DOW-UAP-D7, Mission Report, Arabian Gulf, 2020
Agency: Department of War
Page 6
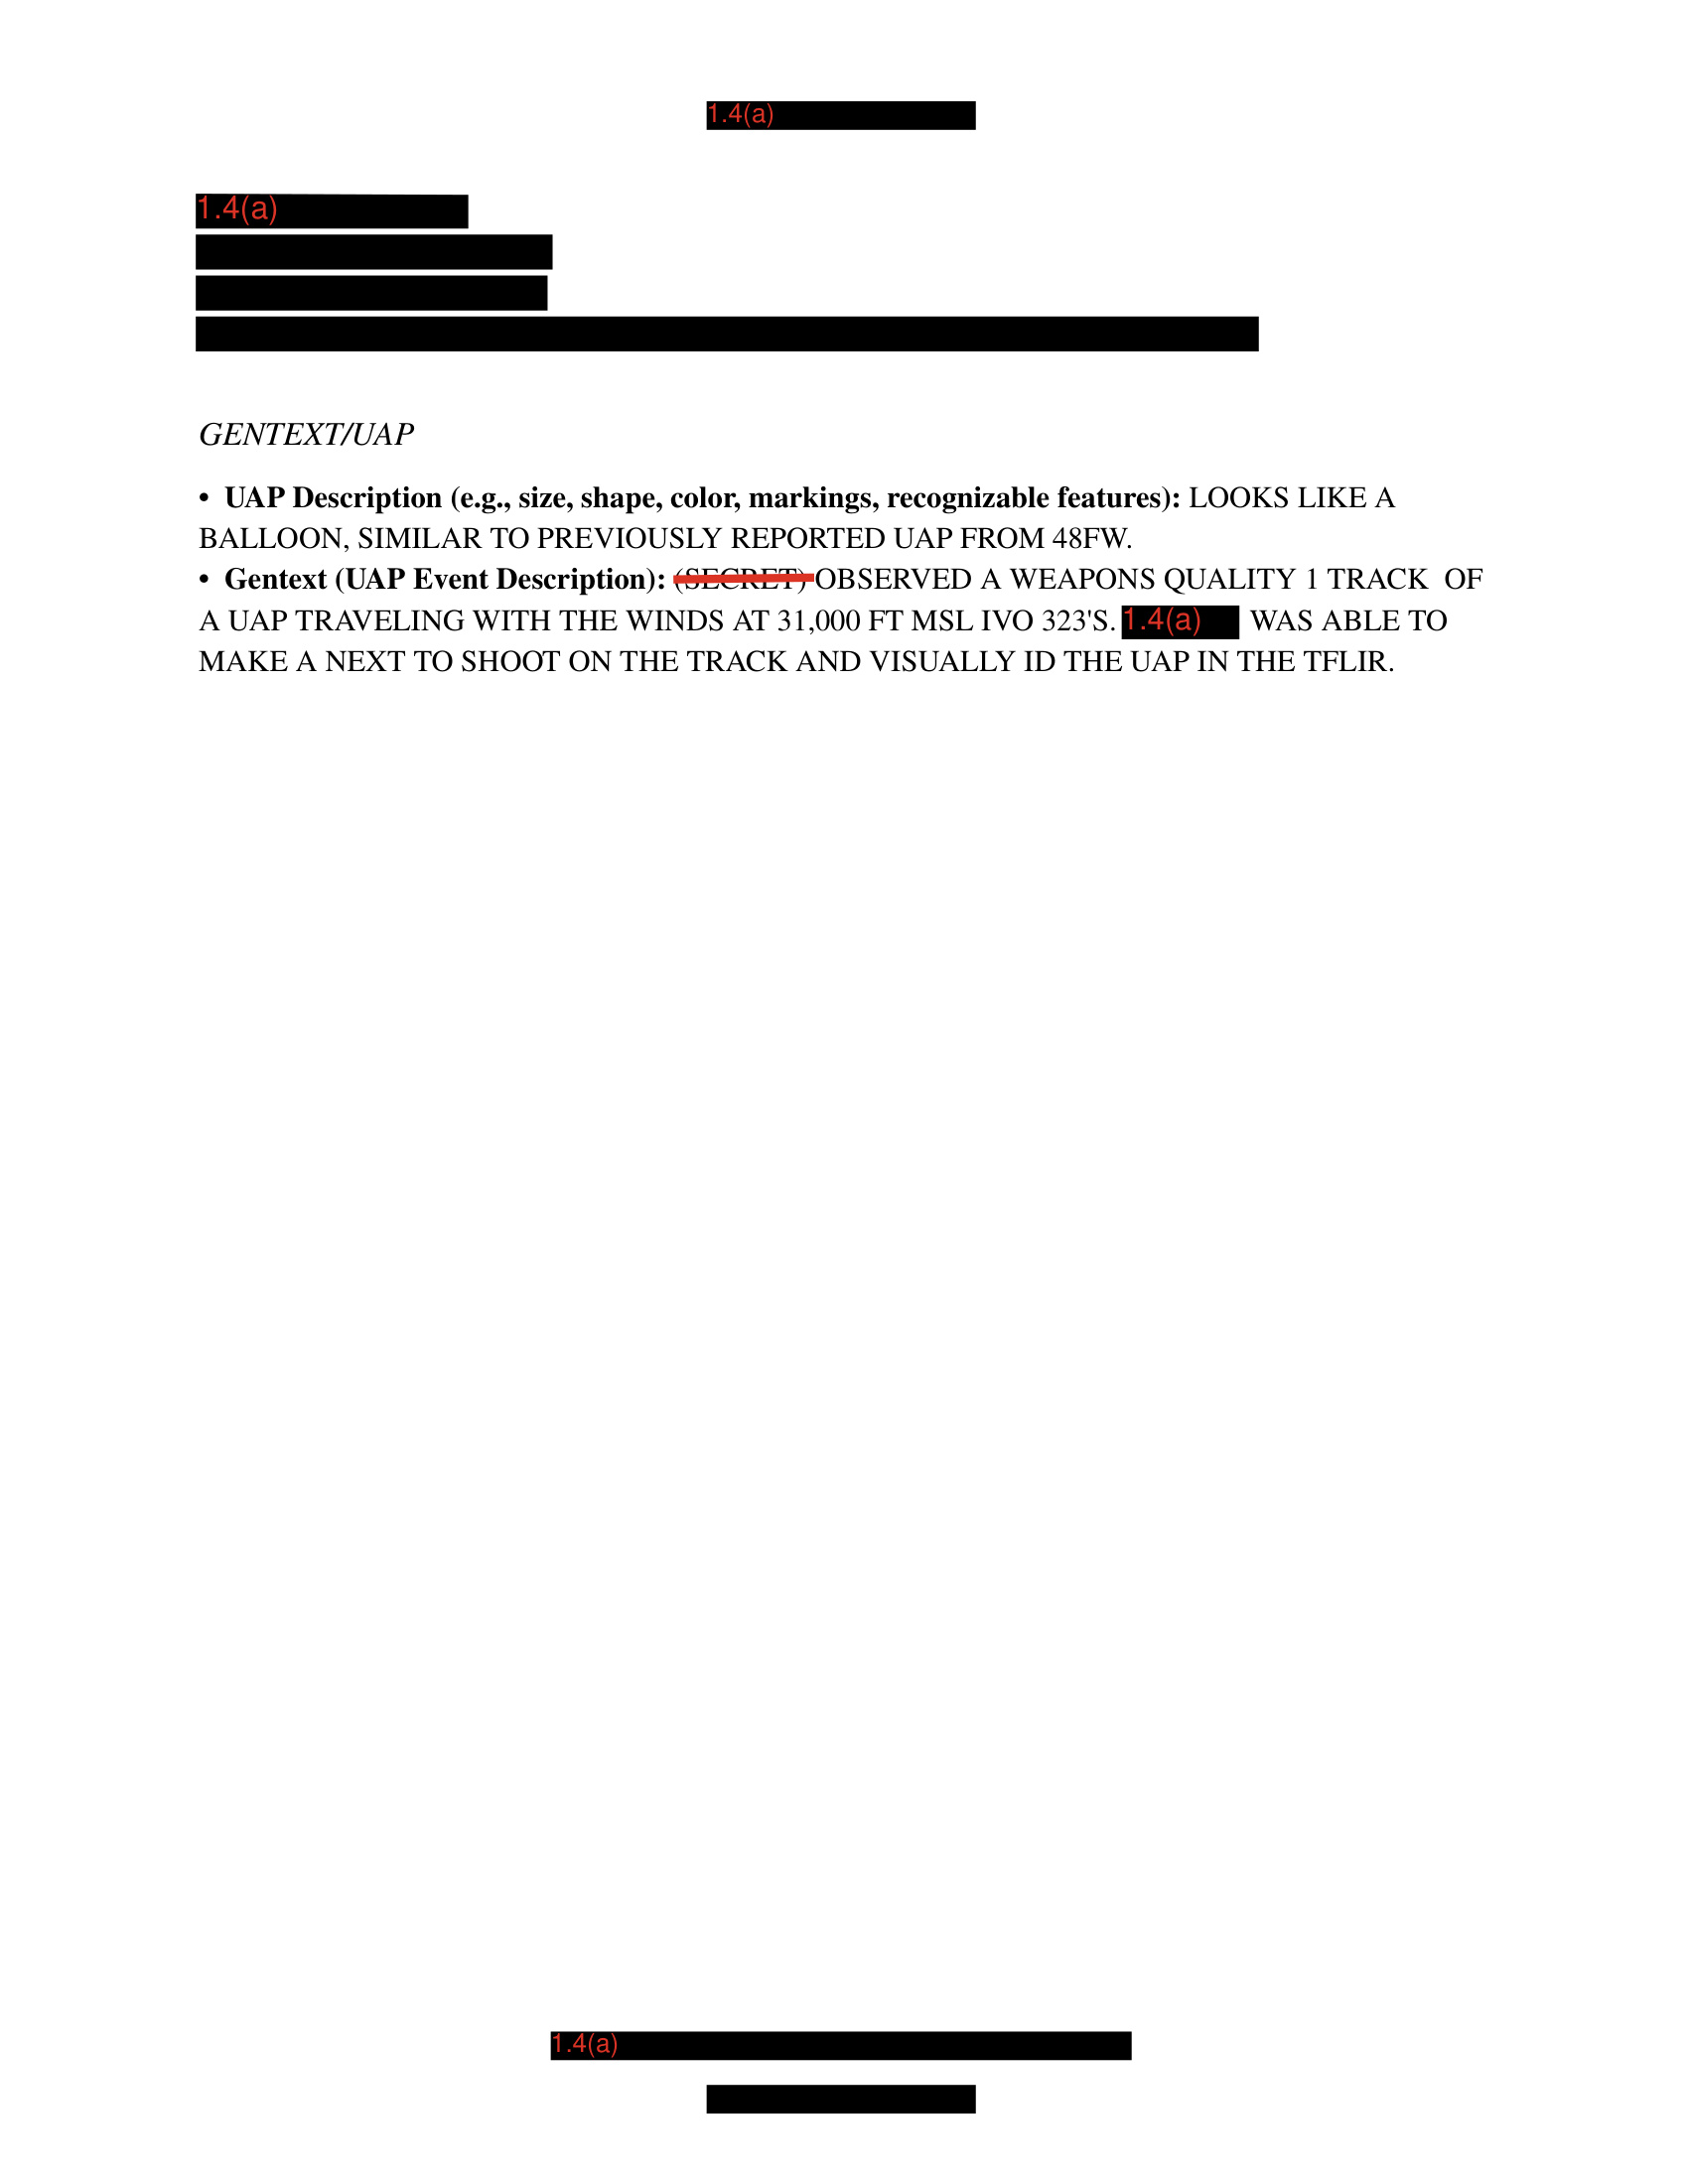